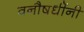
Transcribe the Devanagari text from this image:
वनौषधींनी